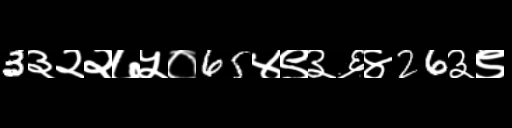
Text: 3३२२७५०65४९३६४26३९